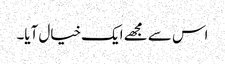
اس سے مجھے ایک خیال آیا۔